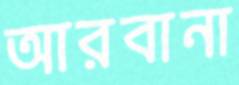
আরবানা